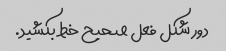
دور شکل فعل صحیح خط بکشید.